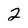
Character: 2